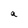
Character: a